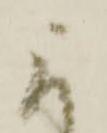
に